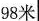
98米